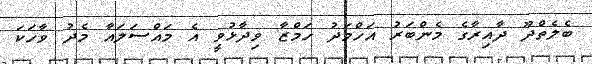
ބެލެތްދޫ ދާއިރާގެ މެންބަރު އަހްމަދު ހަމްޒާ ވިދާޅުވީ އެ މައްސަލައާ މެދު ވާހަކަ